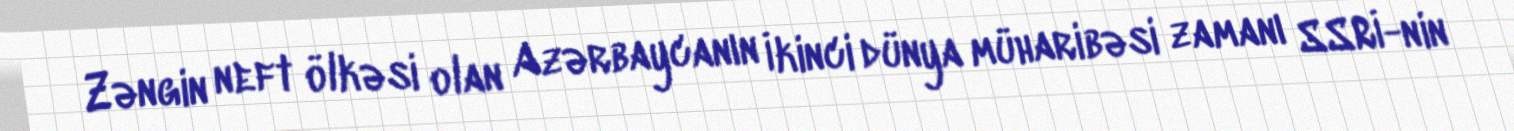
Zəngin neft ölkəsi olan Azərbaycanın İkinci dünya müharibəsi zamanı SSRİ-nin